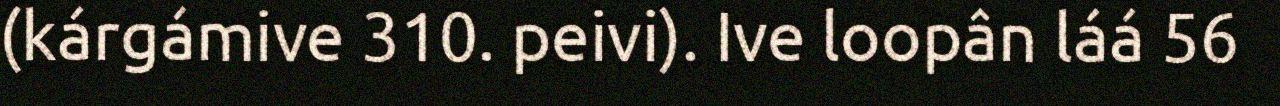
(kárgámive 310. peivi). Ive loopân láá 56